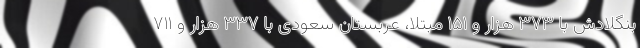
بنگلادش با ۳۷۳ هزار و ۱۵۱ مبتلا، عربستان سعودی با ۳۳۷ هزار و ۷۱۱